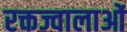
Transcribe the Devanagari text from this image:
रक्तज्वालाओं